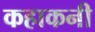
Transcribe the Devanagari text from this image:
कहाकनी